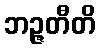
ဘဉ္ဇတီတိ